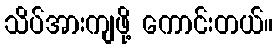
သိပ်အားကျဖို့ ကောင်းတယ်။